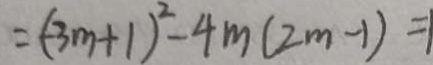
= ( - 3 m + 1 ) ^ { 2 } - 4 m ( 2 m - 1 ) = 1